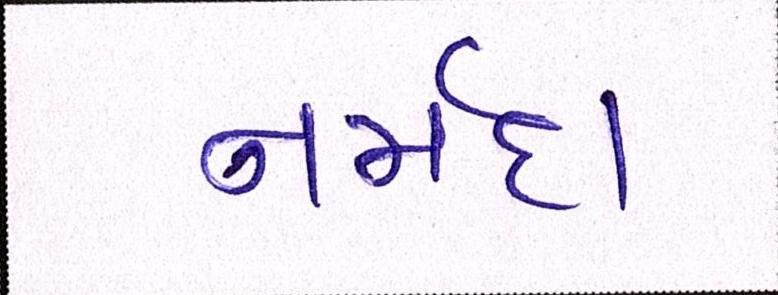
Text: નર્મદા